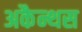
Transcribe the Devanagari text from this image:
अकैन्थस